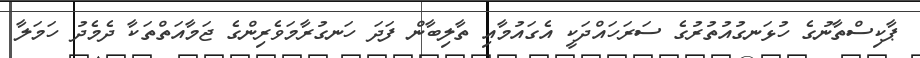
ޕާކިސްތާނުގެ ހުޅަނގުއުތުރުގެ ސަރަހައްދަކީ އެގައުމާއި ތާލިބާން ފަދަ ހަނގުރާމަވެރިންގެ ޖަމާއަތްތަކާ ދެމެދު ހަމަލާ